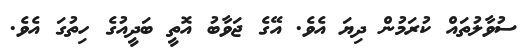
ސުވާލުތައް ކުރަމުން ދިޔަ އެވެ. އޭގެ ޖަވާބު އޮތީ ބަދީއުގެ ހިތުގަ އެވެ.